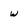
Character: w